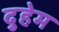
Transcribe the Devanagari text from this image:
दुहेम